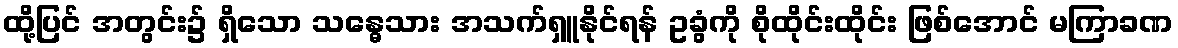
ထို့ပြင် အတွင်း၌ ရှိသော သန္ဓေသား အသက်ရှူနိုင်ရန် ဥခွံကို စိုထိုင်းထိုင်း ဖြစ်အောင် မကြာခဏ